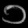
Digit: ၁